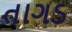
તાગડ